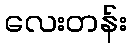
လေးတန်း